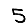
Digit: 5